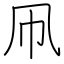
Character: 凧